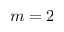
m = 2